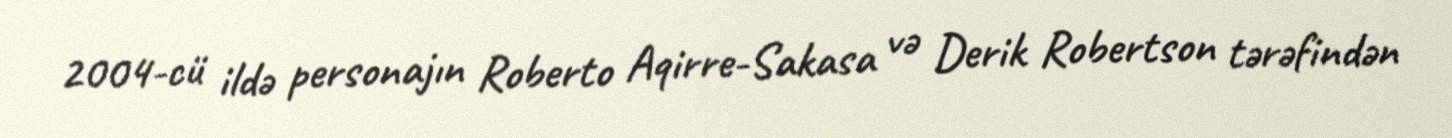
2004-cü ildə personajın Roberto Aqirre-Sakasa və Derik Robertson tərəfindən